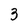
Character: 3